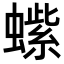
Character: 𬠭